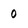
Character: 0